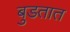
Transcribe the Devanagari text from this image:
बुडतात